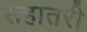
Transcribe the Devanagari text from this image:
सहातरी